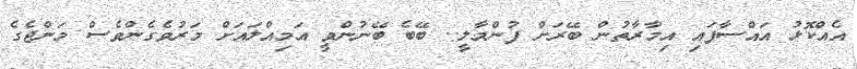
އެއްކޮޅު އައްސާފައި އިމާރާތުން ބޭރަށް ފުންމާލީ.. ބޭބެ ބޭނުންވީ އަމިއްލައަށް މަރުވެގެންވެސް މަންޖެގެ